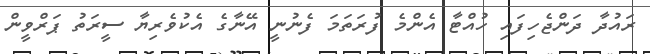
ރައުދާ ދަންޖެހިފައި ހުއްޓާ އެންމެ ފުރަތަމަ ފެނުނީ އޭނާގެ އެކުވެރިޔާ ސީރަތު ޕަރްވީން